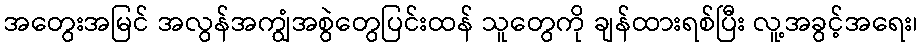
အတွေးအမြင် အလွန်အကျွံအစွဲတွေပြင်းထန် သူတွေကို ချန်ထားရစ်ပြီး လူ့အခွင့်အရေး၊